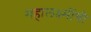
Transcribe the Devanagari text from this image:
महालक्ष्मींची